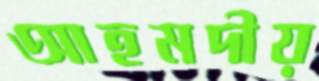
আহমদীয়